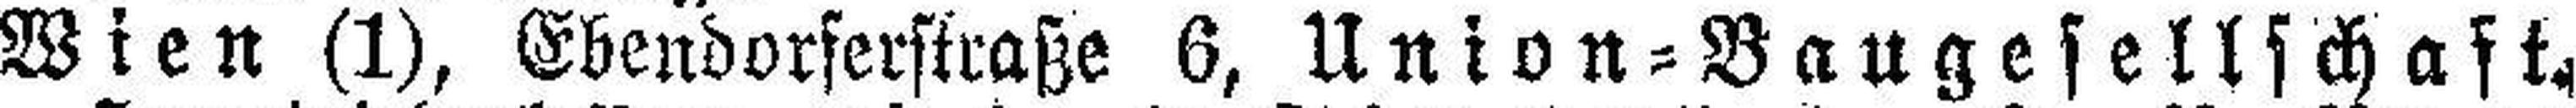
Wien (1), Ebendorferstraße 6, Union-Baugesellschaft.